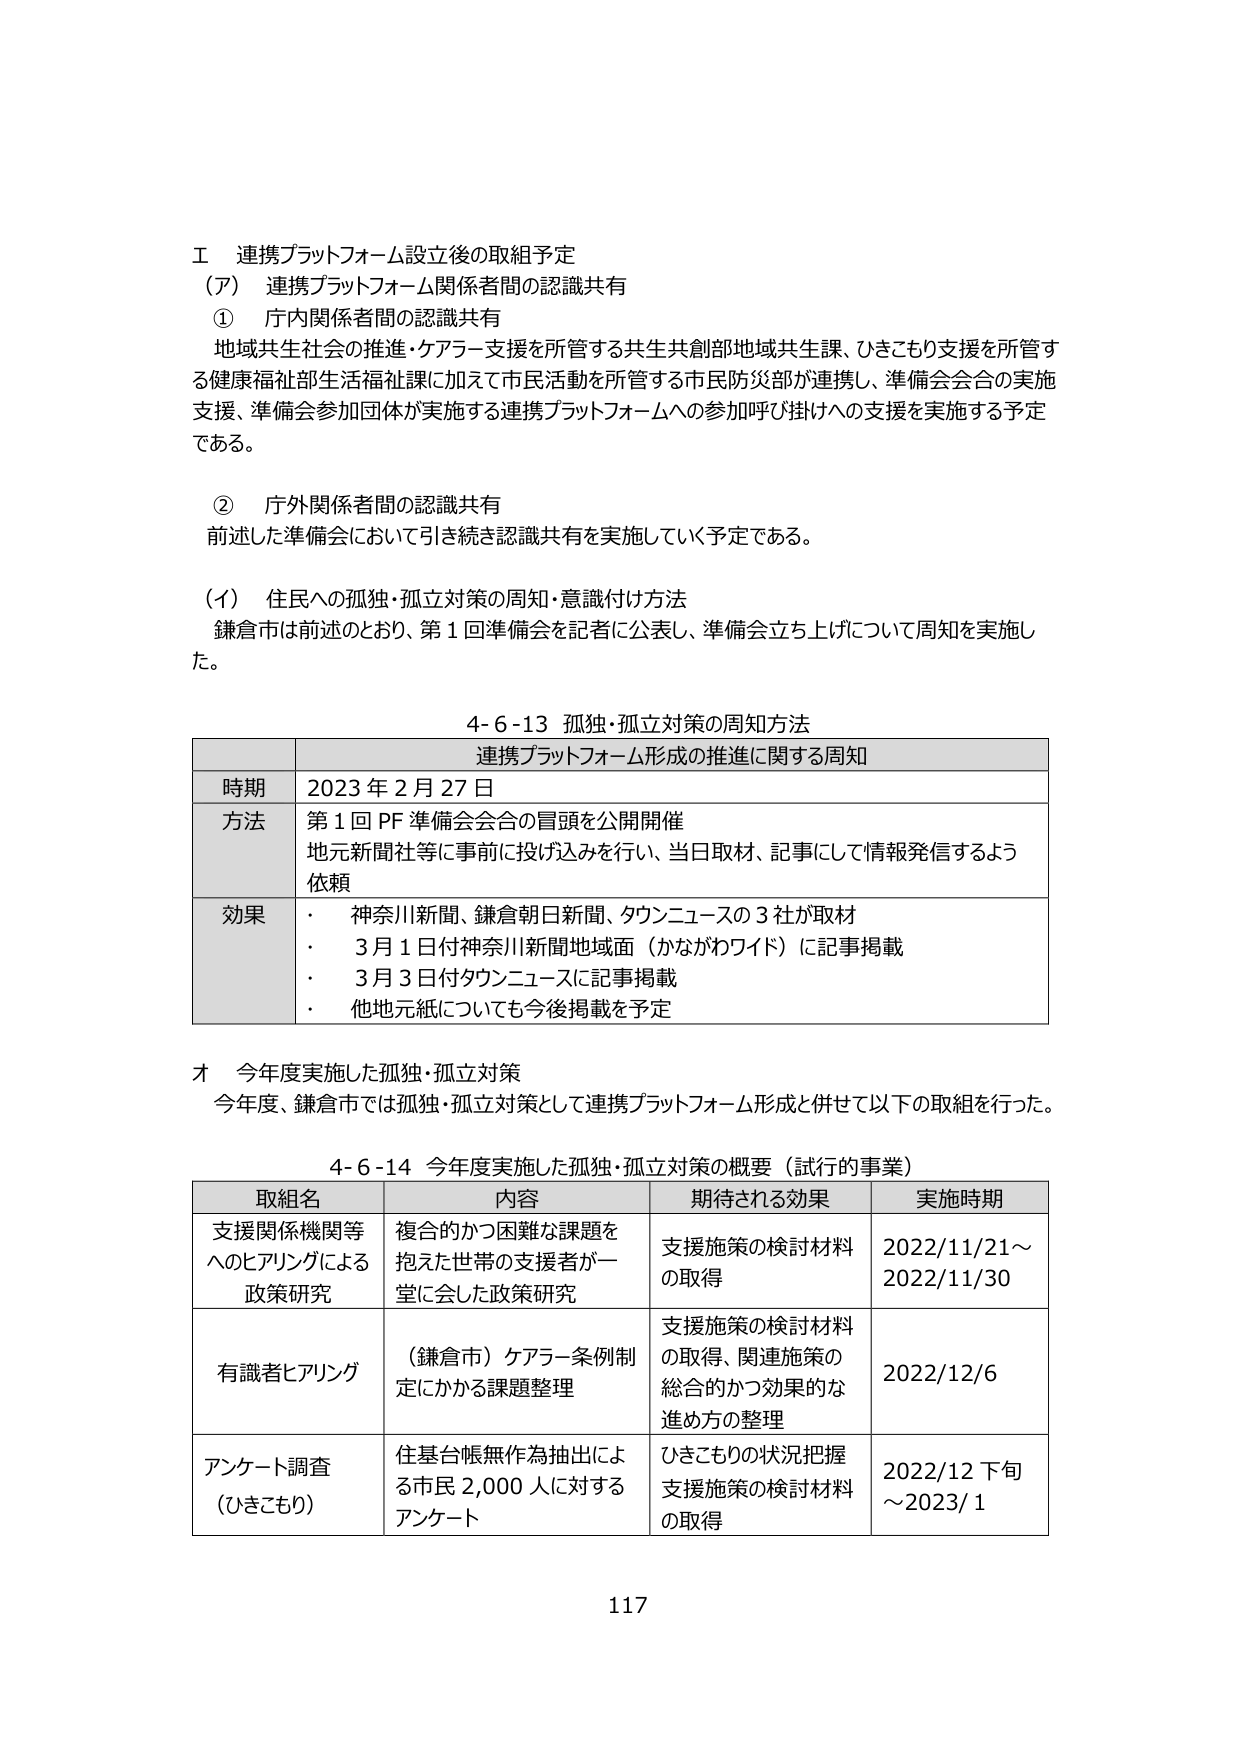
Ⅰ 連携プラットフォーム設立後の取組予定
（ア） 連携プラットフォーム関係者間の認識共有
　① 庁内関係者間の認識共有
　　地域共生社会の推進・ケアラー支援を所管する共生共創部地域共生課、ひきこもり支援を所管する健康福祉部生活福祉課に加えて市民活動を所管する市民防災部が連携し、準備会会合の実施支援、準備会参加団体が実施する連携プラットフォームへの参加呼び掛けへの支援を実施する予定である。

　② 庁外関係者間の認識共有
　　前述した準備会において引き続き認識共有を実施していく予定である。

（イ） 住民への孤独・孤立対策の周知・意識付け方法
　鎌倉市は前述のとおり、第1回準備会を記者に公表し、準備会立ち上げについて周知を実施した。

4-6-13 孤独・孤立対策の周知方法
連携プラットフォーム形成の推進に関する周知

| 時期 | 2023年2月27日 |
|------|----------------|
| 方法 | 第1回PF準備会会合の冒頭を公開開催<br>地元新聞社等に事前に投げ込みを行い、当日取材、記事にして情報発信するよう依頼 |
| 効果 | ・ 神奈川新聞、鎌倉朝日新聞、タウンニュースの3社が取材<br>・ 3月1日付神奈川新聞地域面（かながわワイド）に記事掲載<br>・ 3月3日付タウンニュースに記事掲載<br>・ 他地元紙についても今後掲載を予定 |

オ 今年度実施した孤独・孤立対策
　今年度、鎌倉市では孤独・孤立対策として連携プラットフォーム形成と併せて以下の取組を行った。

4-6-14 今年度実施した孤独・孤立対策の概要（試行的事業）

| 取組名 | 内容 | 期待される効果 | 実施時期 |
|--------|------|----------------|----------|
| 支援関係機関等へのヒアリングによる政策研究 | 複合的かつ困難な課題を抱えた世帯の支援者が一堂に会した政策研究 | 支援施策の検討材料の取得 | 2022/11/21～2022/11/30 |
| 有識者ヒアリング | （鎌倉市）ケアラー条例制定にかかる課題整理 | 支援施策の検討材料の取得、関連施策の総合的かつ効果的な進め方の整理 | 2022/12/6 |
| アンケート調査（ひきこもり） | 住基台帳無作為抽出による市民2,000人に対するアンケート | ひきこもりの状況把握<br>支援施策の検討材料の取得 | 2022/12下旬～2023/1 |

117